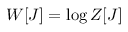
W [ J ] = \log Z [ J ]